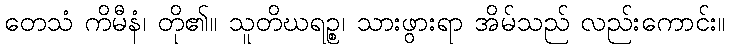
တေသံ ကိမီနံ၊ တို၏။ သူတိဃရဉ္စ၊ သားဖွားရာ အိမ်သည် လည်းကောင်း။